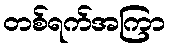
တစ်ရက်အကြာ